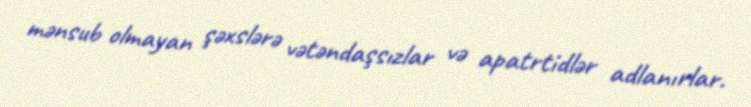
mənsub olmayan şəxslərə vətəndaşsızlar və apatrtidlər adlanırlar.